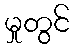
မှုတွင်